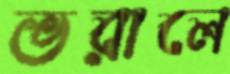
ভরালে